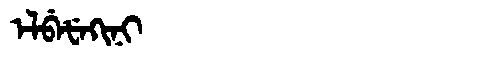
Manchu: ᡝᠯᠪᡝᡶᡝᡴᡳᠨᡳ
Romanization: ELBEFEKINI